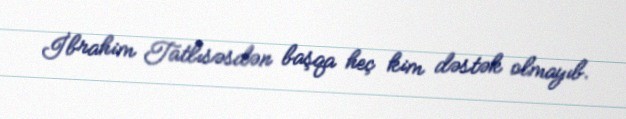
İbrahim Tatlısəsdən başqa heç kim dəstək olmayıb.